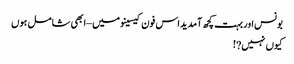
بونس اور بہت کچھ آمدید اس فون کیسینو میں – ابھی شامل ہوں
کیوں نہیں?!